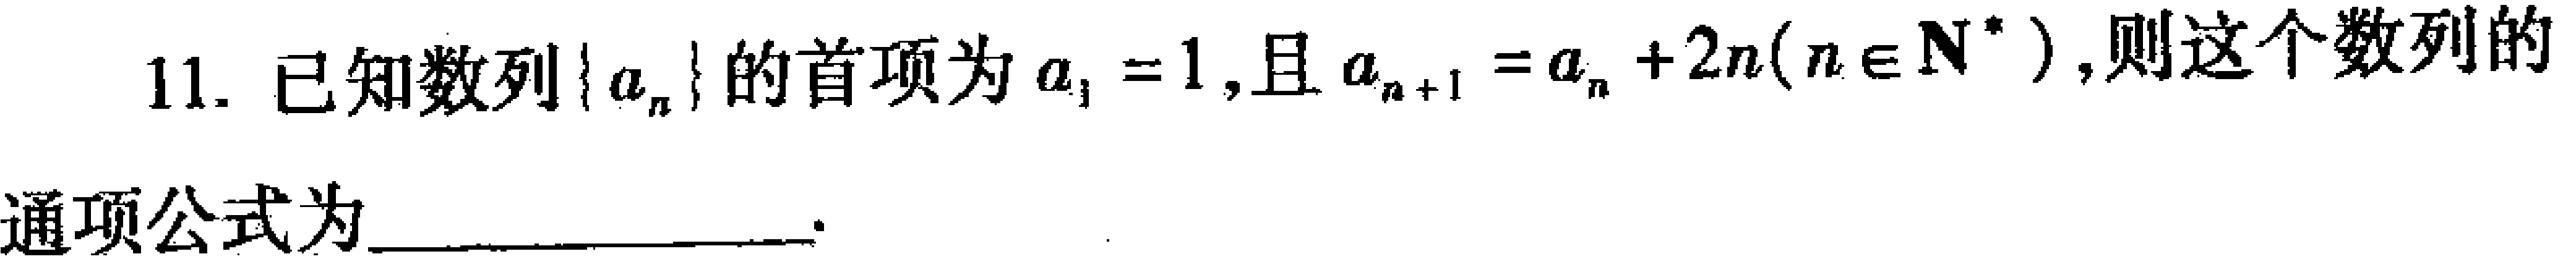
11. 已知数列\(\{ a_{n}\}\)的首项为\(a_{1}=1\),且\(a_{n + 1}=a_{n}+2n(n\in\mathbf{N}^{*})\),则这个数列的
通项公式为_________________.